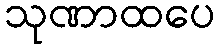
သုဏာထပေ